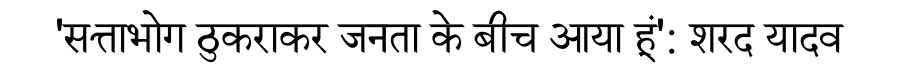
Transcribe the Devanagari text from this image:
'सत्ताभोग ठुकराकर जनता के बीच आया हूं': शरद यादव